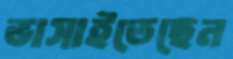
ভাসাইতেছেন